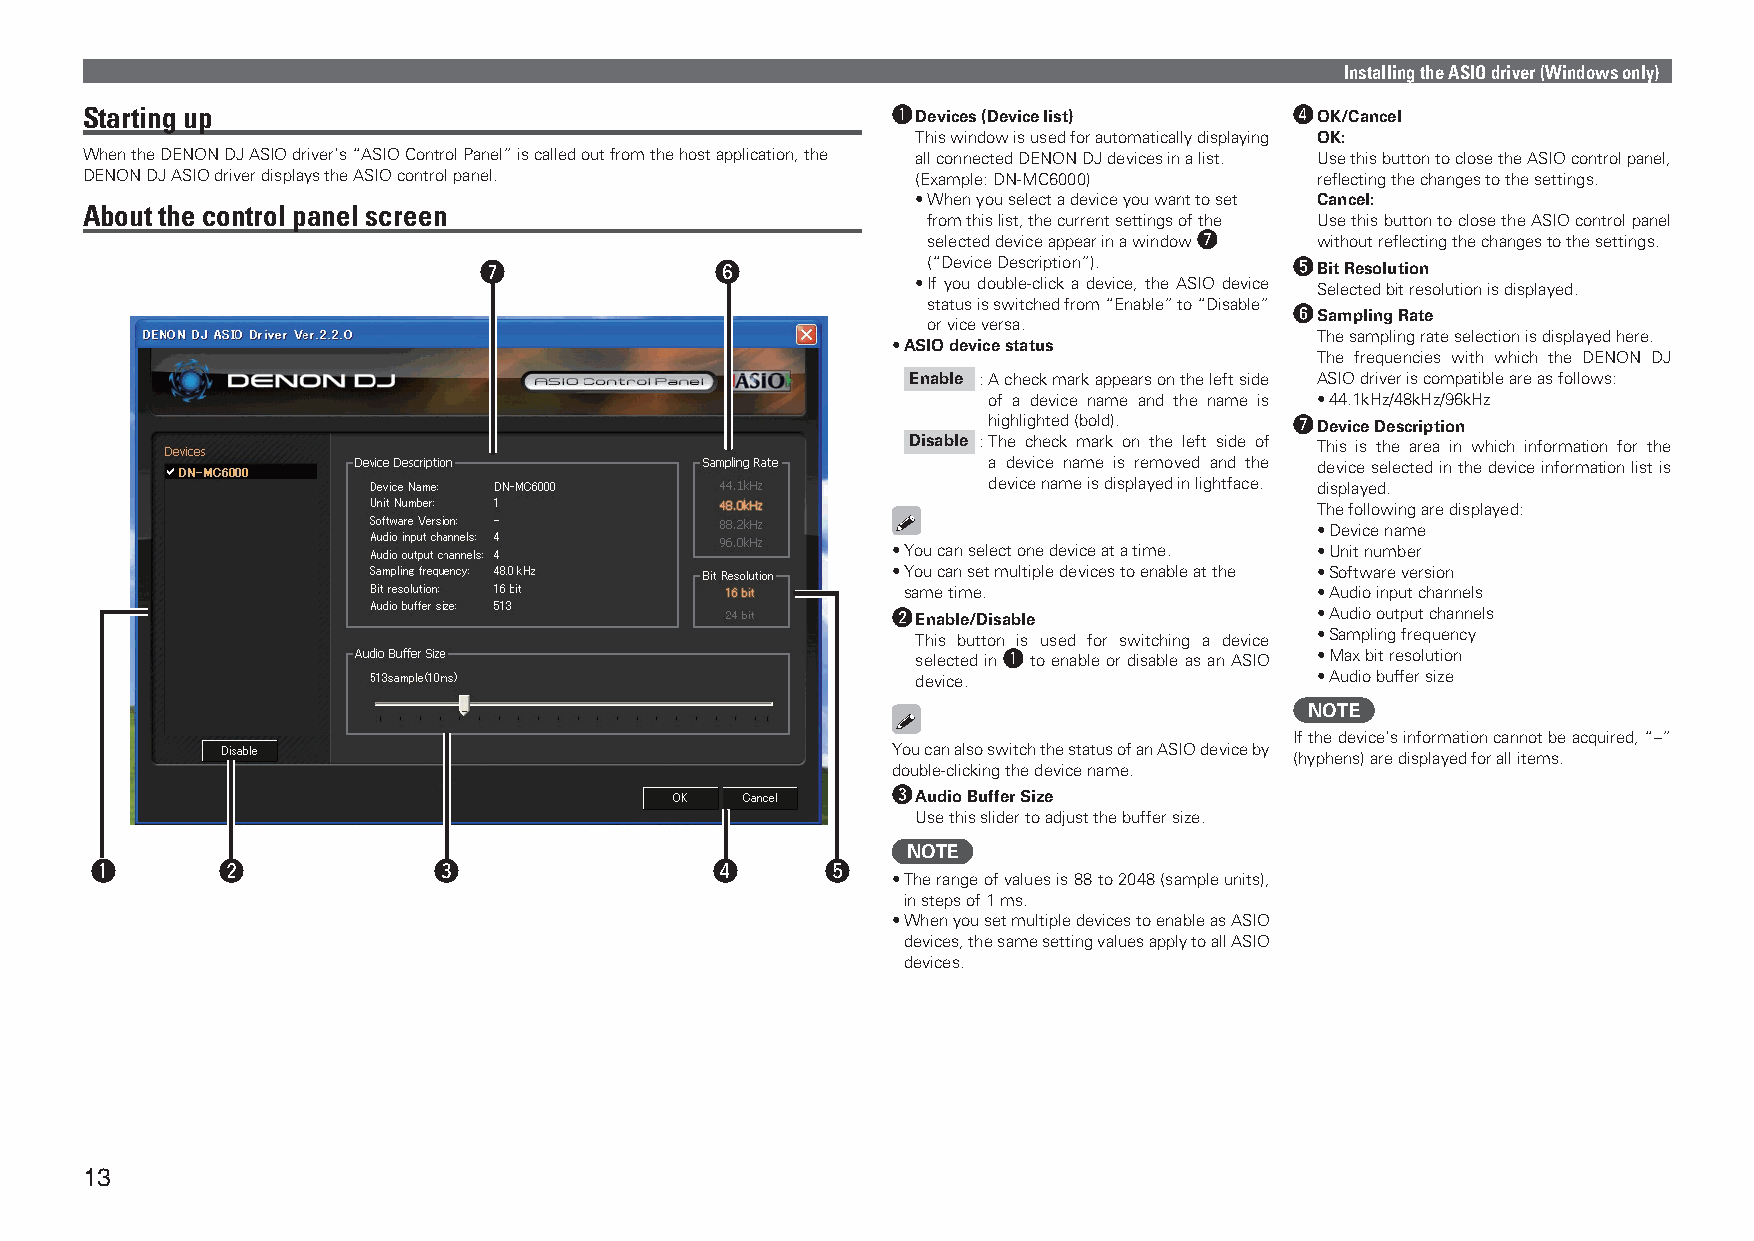
Installing the ASIO driver (Windows only)
 Starting up                                           q Devices (Device list)    r OK/Cancel
 This window is used for automatically displaying OK:
 When the DENON DJ ASIO driver’s “ASIO Control Panel” is called out from the host application, the all connected DENON DJ devices in a list. Use this button to close the ASIO control panel,
 DENON DJ ASIO driver displays the ASIO control panel.   (Example: DN-MC6000)      reflecting the changes to the settings.
 • When you select a device you want to set Cancel:
 About the control panel screen
 from this list, the current settings of the Use this button to close the ASIO control panel
 selected device appear in a window u without reflecting the changes to the settings.
 u              y             (“Device Description”).  t Bit Resolution
 • If you double-click a device, the ASIO device Selected bit resolution is displayed.
 status is switched from “Enable” to “Disable” y Sampling Rate
 or vice versa.
 The sampling rate selection is displayed here.
 • ASIO device status
 The frequencies with which the DENON DJ
 Enable : A check mark appears on the left side ASIO driver is compatible are as follows:
 of a device name and the name is • 44.1kHz/48kHz/96kHz
 highlighted (bold).  u Device Description
 Disable : The check mark on the left side of This is the area in which information for the
 a device name is removed and the device selected in the device information list is
 device name is displayed in lightface. displayed.
 The following are displayed:
 • Device name
 • You can select one device at a time. • Unit number
 • You can set multiple devices to enable at the • Software version
 same time.                 • Audio input channels
 w Enable/Disable            • Audio output channels
 This button is used for switching a device • Sampling frequency
 selected in q to enable or disable as an ASIO • Max bit resolution
 device.                   • Audio buffer size
 NOTE
 If the device’s information cannot be acquired, “–”
 You can also switch the status of an ASIO device by
 (hyphens) are displayed for all items.
 double-clicking the device name.
 e Audio Buffer Size
 Use this slider to adjust the buffer size.
 NOTE
 q        w             e                 r       t
 • The range of values is 88 to 2048 (sample units),
 in steps of 1 ms.
 • When you set multiple devices to enable as ASIO
 devices, the same setting values apply to all ASIO
 devices.
 13